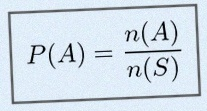
P(A)=\frac{n(A)}{n(S)}